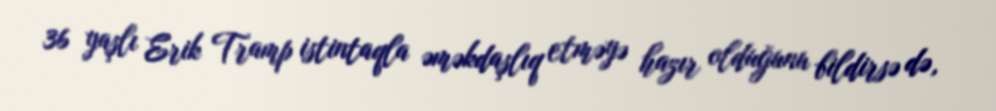
36 yaşlı Erik Tramp istintaqla əməkdaşlıq etməyə hazır olduğunu bildirsə də,